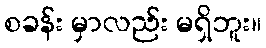
စခန်း မှာလည်း မရှိဘူး။